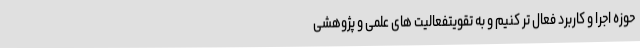
حوزه اجرا و کاربرد فعال تر کنیم و به تقویتفعالیت های علمی و پژوهشی